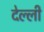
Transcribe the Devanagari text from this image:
देल्ली